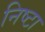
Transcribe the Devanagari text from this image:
निष्टा